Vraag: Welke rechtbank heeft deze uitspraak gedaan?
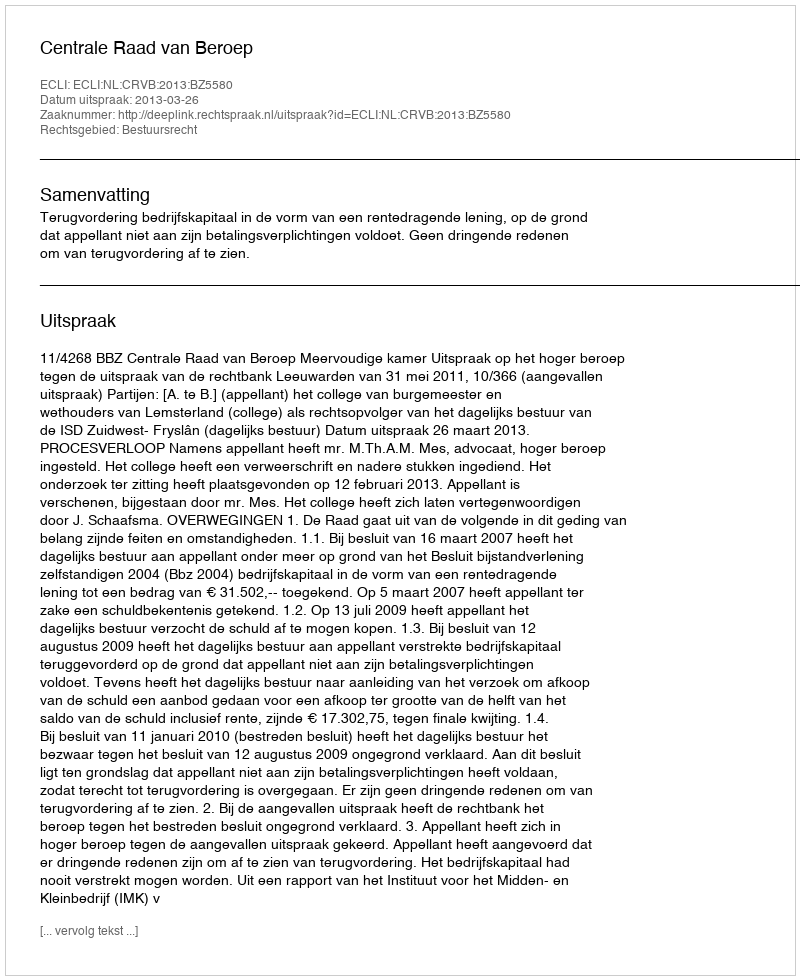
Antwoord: Centrale Raad van Beroep